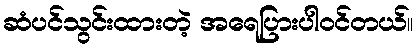
ဆံပင်သွင်းထားတဲ့ အရေပြားပါဝင်တယ်။